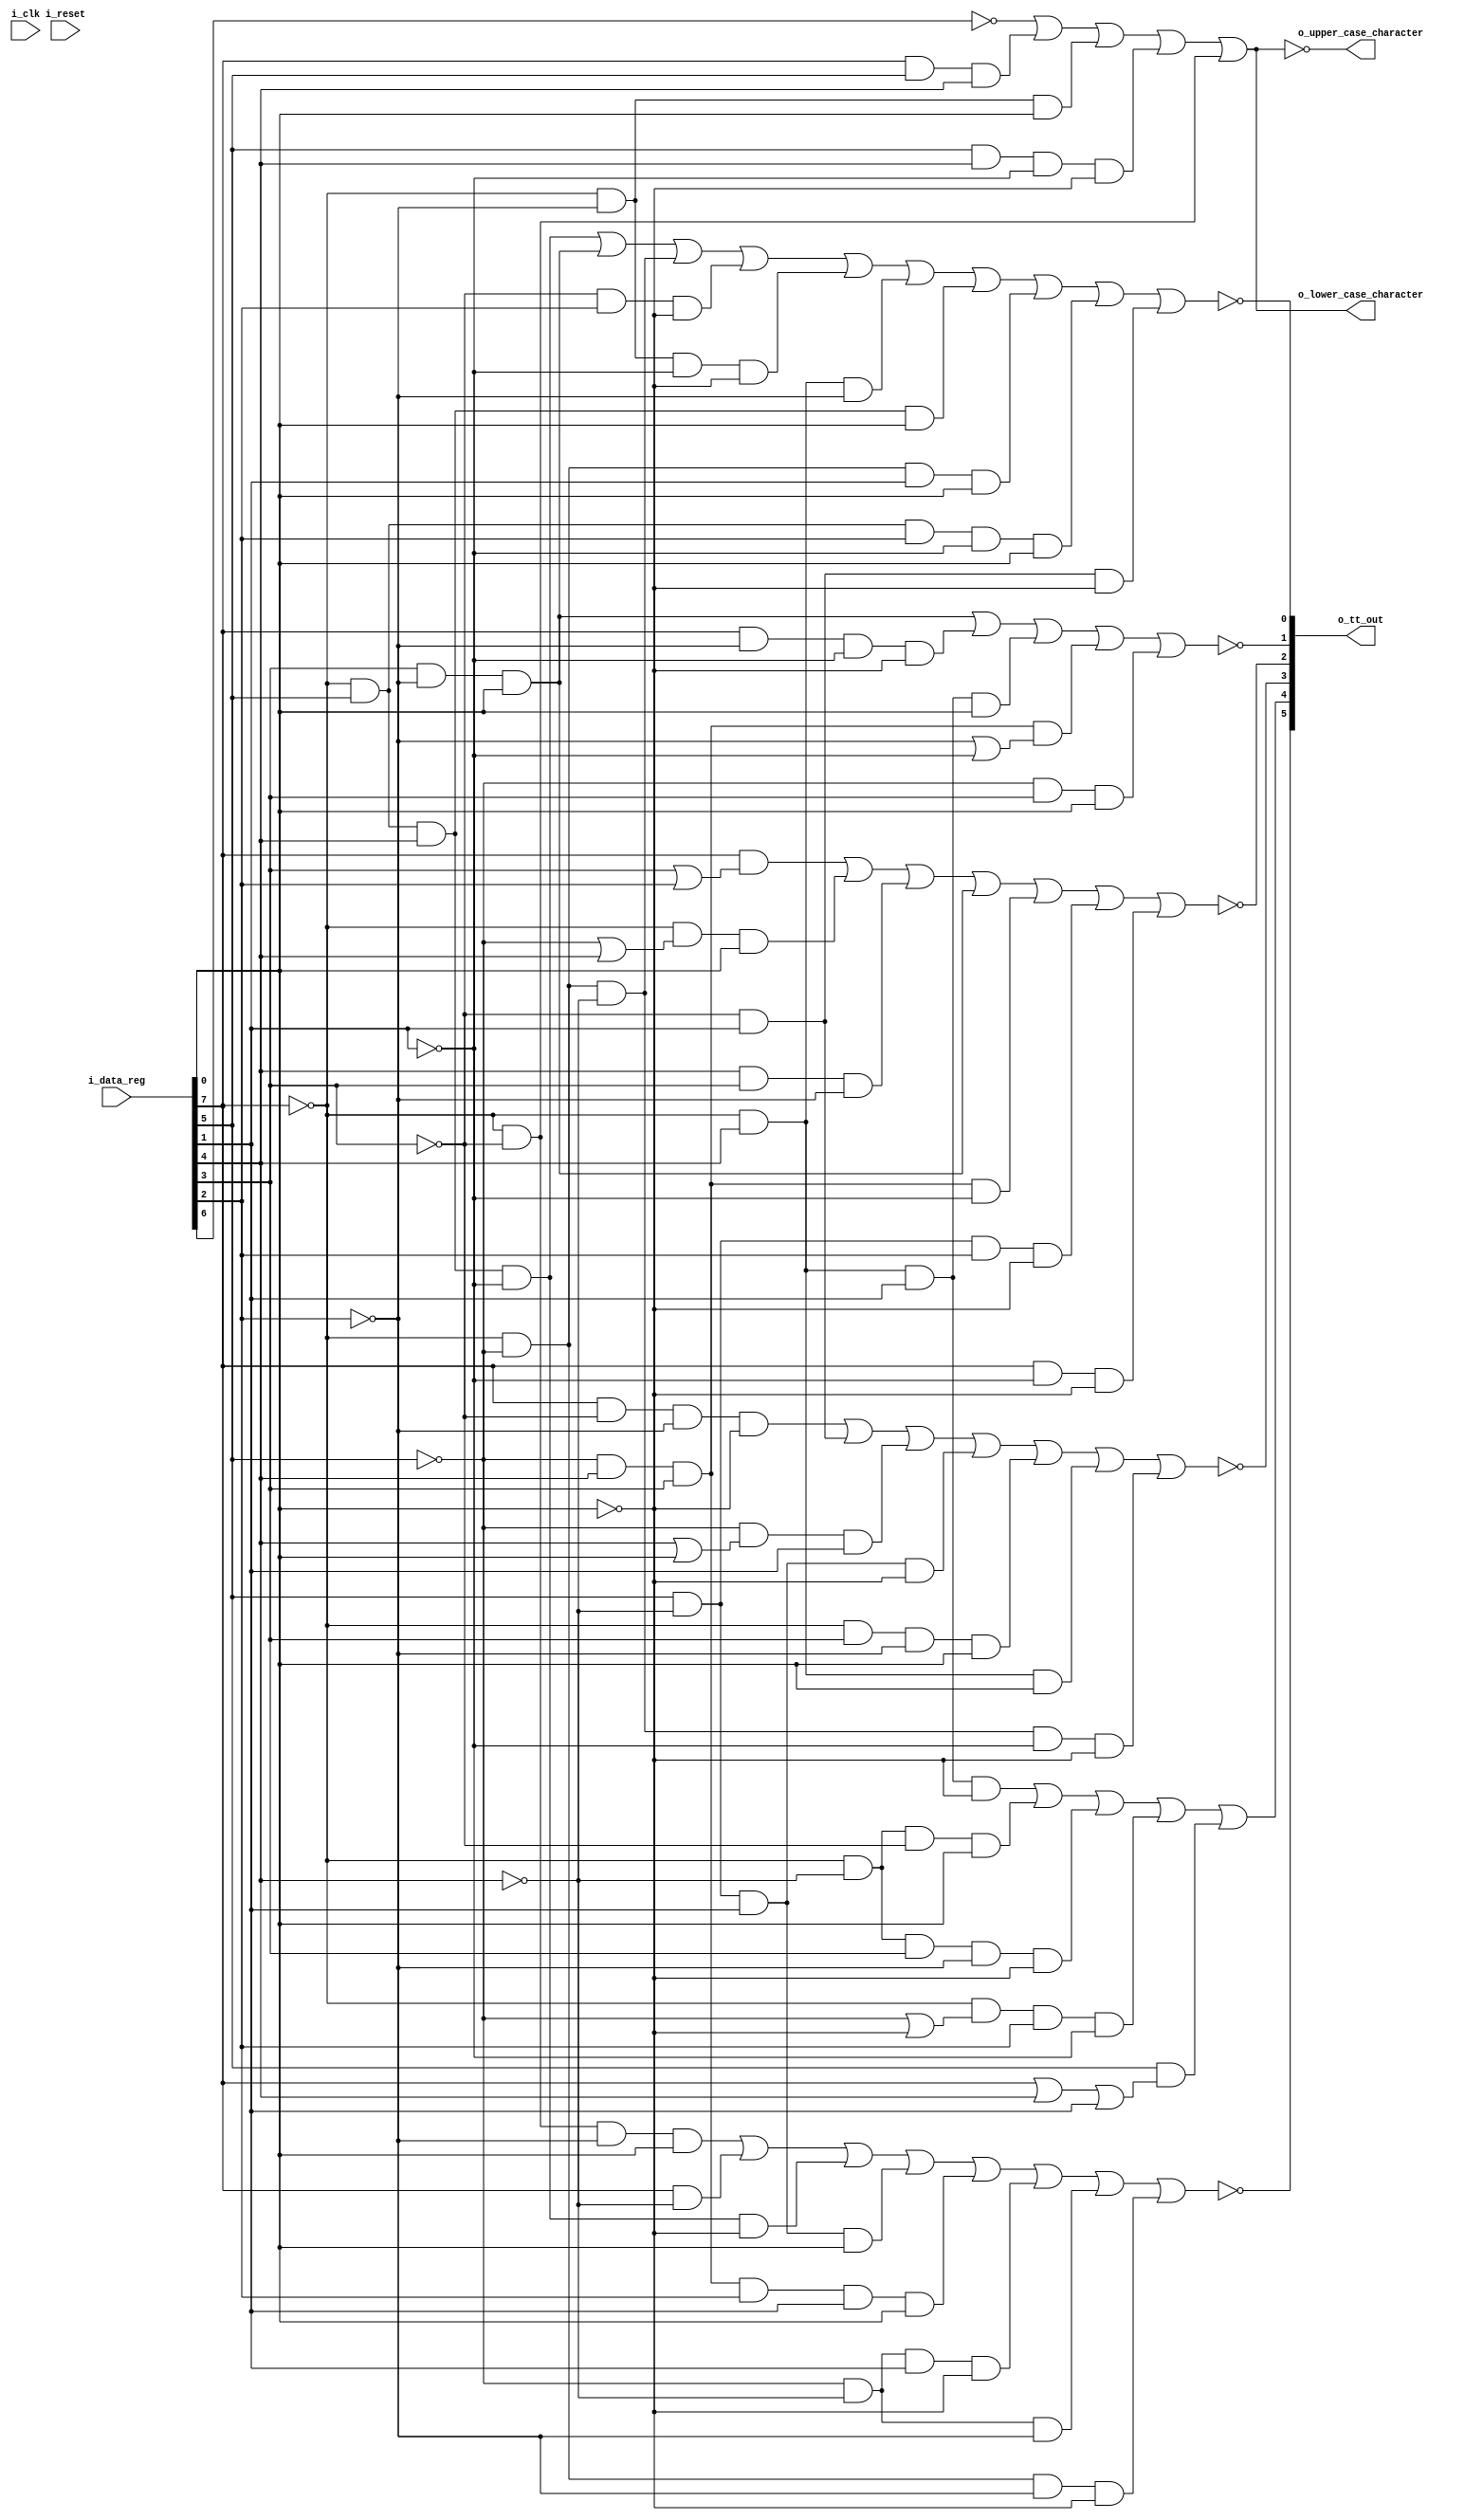
module tt3(i_clk, i_reset,
	i_data_reg,
	o_tt_out,
	o_lower_case_character,
	o_upper_case_character);

// verilator lint_off UNUSED
input wire i_clk;
input wire i_reset;
// verilator lint_on UNUSED

input wire [7:0] i_data_reg;
output wire [5:0] o_tt_out;
output wire o_lower_case_character;
output wire o_upper_case_character;

wire not_t1;
wire t2;
wire not_r1;
wire not_r2;
wire not_r2a;
wire not_r5;

assign o_tt_out = {~not_t1, t2, ~not_r1, ~not_r2, ~not_r2a, ~not_r5};

wire b0,b1,b2,b3,b4,b5,b6,b7;

assign {b0,b1,b2,b3,b4,b5,b6,b7} = i_data_reg;

assign not_t1 = (~b0 & ~b4 & ~b5 & b7) |	// /
	(b0 & ~b3) |		// abcdefghistuvwxyzABCDEFGHISTUVWXYZ
	(~b0 & b2 & b3 & ~b6 & ~b7) |	// @
	(b2 & ~b3 & b6 & b7) |		// ,?txTX
	(~b2 & b3 & b4 & b5 & b6 & b7) |	// ^
	(~b2 & ~b3 & b6 & ~b7) |	// [+bfBF
	(~b2 & ~b3 & ~b5) |		// [.abchiABCHI
	(~b0 & ~b2 & ~b5 & ~b7);	// [&]
assign t2 = (~b0 & b3 & b6 & ~b7) |	// ];:=
	(~b0 & ~b3 & ~b4 & b7) |	// /
	(~b0 & ~b3 & b4 & ~b5 & ~b7) |	// [
	(~b0 & (~b2 | ~b7) & b5 & ~b6) |	// <(*)
					// <*%@ 
	(b2 & (b0 | b3 | b6 ));		// stuvwxyzSTUVWXYZ0123456789
					// :#@'="0123456789
					// ,>?:#="stwxSTWX2367
assign not_r1 = (b0 & ~b4 & ~b5 & ~b7) |	// bksBKS02
	(~b4 & b6) |			// bcfgklopstwxBCFGKLOPSTWX2367
	(~b2 & (b3 | b7) & b6) |	// ]$;^klopKLOP
					// .!$^cglpCGLP
	(b2 & ~b3 & b6 & ~b7) |		// >swSW
	(~b0 & b4 & ~b5 & b7) |		// .$,#
	(~b0 & b3 & b7) |		// $)^#'"
	(~b0 & ~b2 & ~b3 & ~b6 & ~b7);	// <
assign not_r2 = (b0 & (b4 | b5)) |		// hiqryzHIQRYZ89
					// defgmnopuvwxDEFGMNOPUVWX4567
	(~b0 & (~b2 |b3) & b7) |	// .(!$)^
					// $)^#'"
	(b3 & b4 & ~b5) |		// ]$:#qrQR89
	(b4 & ~b5 & b7) |		// .$,#irzIRZ9
	(~b2 & b3 & b4 & ~b6) |		// *)qrQR
	(b2 & ~b3 & b5 & ~b7) |		// %>uwUW
	(b0 & ~b6 & ~b7);		// dhmquyDHMQUY048
assign not_r2a = (b4 & ~b5 & b7) |		// .$,#irzIRZ9
	(b0 & ~b5 & ~b6 & ~b7) |	// hqyHQY08
	(~b0 & b3 & b6 & b7) |		// $^#"
	(~b2 & b3 & b4 & (~b5 | ~b6)) |	// ]$qrQR
					// *)qrQR
	(~b2 & b4 & b7);		// .(!$)^irIR
assign not_r5 = (~b0 & b2 & b3 & ~b6) |	// @'
	(b4 & ~b5 & b7) |		// .$,#irzIRZ9
	(~b0 & ~b2 & ~b3) |		// [.<(+!
	(~b4 & b5 & ~b7) |		// dfmouwDFMOUW46
	(~b0 & ~b5 & ~b6 & ~b7) |	// &-
	(~b0 & b3 & ~b5) |		// &]$:#
	(~b0 & b2 & b3 & b7) |		// #'"
	(~b0 & ~b2 & b6 & b7) |		// .!$^
	(~b0 & b2 & b5 & ~b6 & b7) |	// _'
	(~b4 & b6 & ~b7);		// bfkoswBFKOSW26
assign o_lower_case_character = (~b1) |		// a-z
	(b0 & b2 & b3) |			// 0-9
	(~b0 & ~b5 & b7) |			// .$/,#
	(b2 & b3 & ~b6 & ~b7) |			// @048
	(~b0 & ~b4);				// &-/
assign o_upper_case_character = ~o_lower_case_character;

endmodule